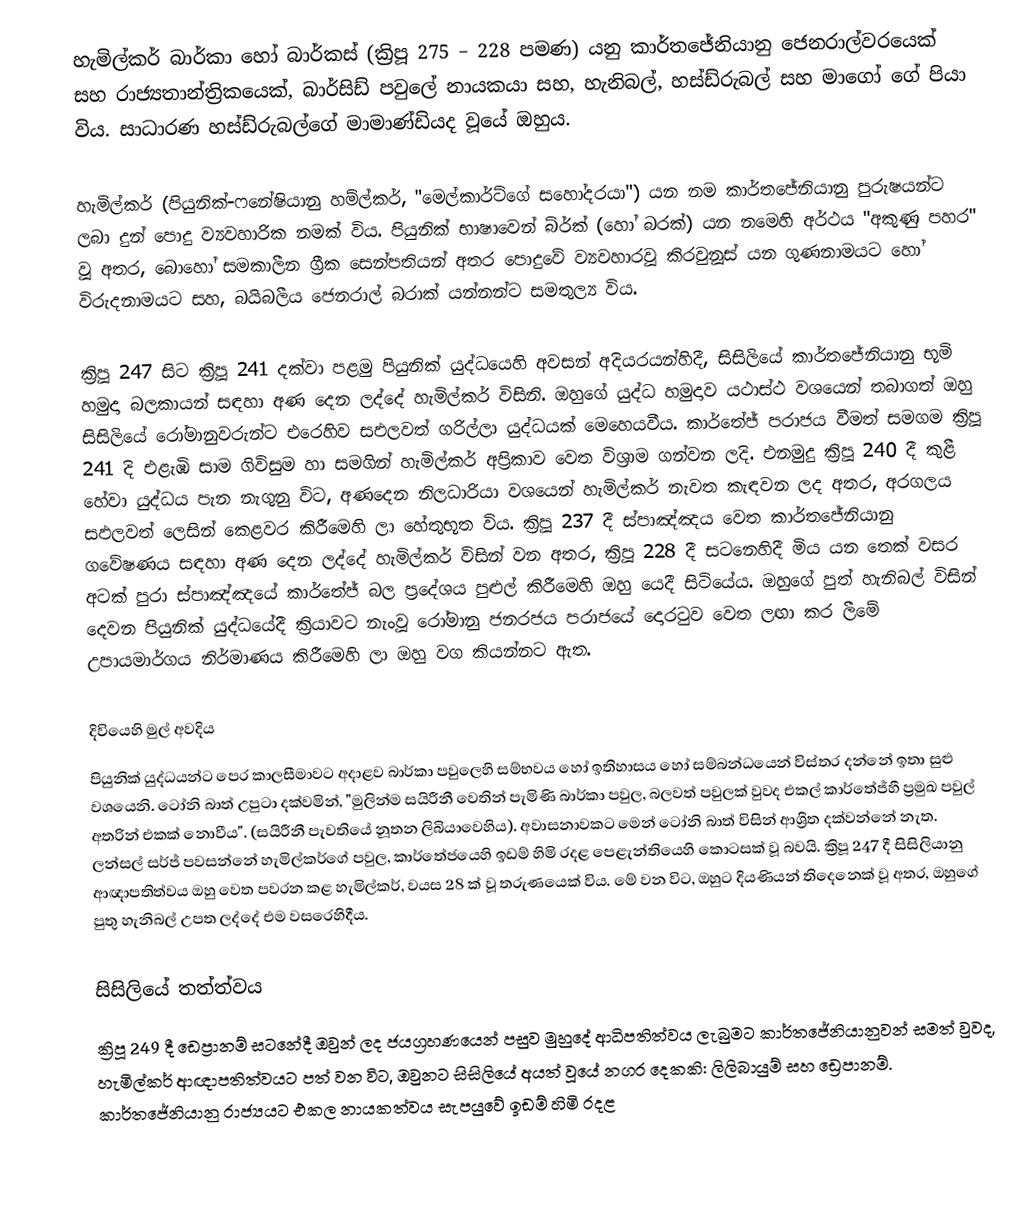
හැමිල්කර් බාර්කා හෝ බාර්කස් (ක්‍රිපූ 275 – 228 පමණ) යනු  කාර්තජේනියානු ජෙනරාල්වරයෙක් සහ රාජ්‍යතාන්ත්‍රිකයෙක්, බාර්සිඩ් පවුලේ නායකයා සහ, හැනිබල්,  හස්ඩ්රුබල්  සහ  මාගෝ ගේ පියා විය.  සාධාරණ හස්ඩ්රුබල්ගේ මාමාණ්ඩියද වූයේ ඔහුය.

හැමිල්කර් (පියුනික්-ෆනේෂියානු හම්ල්කර්, "මෙල්කාර්ට්ගේ සහෝදරයා") යන නම කාර්තජේනියානු පුරුෂයන්ට ලබා දුන් පොදු ව්‍යවහාරික නමක් විය. පියුනික් භාෂාවෙන්  බ්ර්ක් (හෝ බරක්) යන නමෙහි අර්ථය "අකුණු පහර" වූ අතර, බොහෝ සමකාලීන ග්‍රීක සෙන්පතියන් අතර පොදුවේ ව්‍යවහාරවූ කිරවුනූස් යන  ගුණනාමයට හෝ  විරුදනාමයට සහ, බයිබලීය ජෙනරාල් බරාක් යන්නන්ට සමතුල්‍ය විය.

ක්‍රිපූ  247  සිට ක්‍රිපූ 241 දක්වා පළමු පියුනික් යුද්ධයෙහි අවසන් අදියරයන්හිදී, සිසිලියේ කාර්තජේනියානු භූමි හමුදා බලකායන් සඳහා අණ දෙන ලද්දේ හැමිල්කර් විසිනි. ඔහුගේ යුද්ධ හමුදාව යථාස්ථ වශයෙන් තබාගත් ඔහු සිසිලියේ රෝමානුවරුන්ට එරෙහිව සඵලවත්  ගරිල්ලා යුද්ධයක් මෙහෙයවීය. කාර්තේජ් පරාජය වීමත් සමගම ක්‍රිපූ 241 දි එළැඹි සාම ගිවිසුම හා සමගින් හැමිල්කර් අප්‍රිකාව වෙත විශ්‍රාම ගන්වන ලදි. එනමුදු ක්‍රිපූ 240 දී කුළී හේවා යුද්ධය පැන නැගුනු විට, අණදෙන නිලධාරියා වශයෙන් හැමිල්කර් නැවත කැඳවන ලද අතර, අරගලය සඵලවත් ලෙසින් කෙළවර කිරීමෙහි ලා හේතුභූත විය. ක්‍රිපූ 237 දී ස්පාඤ්ඤය වෙත කාර්තජේනියානු ගවේෂණය සඳහා අණ දෙන ලද්දේ හැමිල්කර් විසින් වන අතර, ක්‍රිපූ 228 දී සටනෙහිදී මිය යන තෙක්  වසර අටක් පුරා ස්පාඤ්ඤයේ කාර්තේජ් බල ප්‍රදේශය පුළුල් කිරීමෙහි ඔහු  යෙදී සිටියේය. ඔහුගේ පුත් හැනිබල් විසින් දෙවන පියුනික් යුද්ධයේදී   ක්‍රියාවට නැංවූ  රෝමානු ජනරජය පරාජයේ දොරටුව වෙත ලඟා කර ලීමේ උපායමාර්ගය නිර්මාණය කිරීමෙහි ලා ඔහු වග කියන්නට ඇත.

දිවියෙහි මුල් අවදිය
පියුනික් යුද්ධයන්ට පෙර කාලසීමාවට අදාළව  බාර්කා පවුලෙහි සම්භවය හෝ ඉතිහාසය හෝ සම්බන්ධයෙන්  විස්තර දන්නේ ඉතා සුළු  වශයෙනි. ටෝනි බාත් උපුටා දක්වමින්, "මුලින්ම සයිරීනී වෙතින් පැමිණි බාර්කා පවුල, බලවත් පවුලක් වුවද එකල් කාර්තේජ්හී ප්‍රමුඛ පවුල් අතරින් එකක් නොවීය". (සයිරීනී පැවතියේ නූතන ලිබියාවෙහිය). අවාසනාවකට මෙන් ටෝනි බාත් විසින් ආශ්‍රිත දක්වන්නේ නැත. ලන්සල් සර්ජ් පවසන්නේ හැමිල්කර්ගේ පවුල, කාර්තේජයෙහි  ඉඩම් හිමි රදළ පෙළැන්තියෙහි කොටසක් වූ බවයි. ක්‍රිපූ 247 දී සිසිලියානු ආඥාපතිත්වය ඔහු වෙත පවරන කළ හැමිල්කර්, වයස 28 ක් වූ තරුණයෙක් විය. මේ වන විට, ඔහුට දියණියන් තිදෙනෙක් වූ අතර, ඔහුගේ පුතු හැනිබල් උපත ලද්දේ එම වසරෙහිදීය.

සිසිලියේ තත්ත්වය
ක්‍රිපූ 249 දී ඩෙප්‍රානම් සටනේදී ඔවුන් ලද ජයග්‍රහණයෙන් පසුව  මුහුදේ ආධිපතිත්වය ලැබුමට කාර්තජේනියානුවන් සමත් වුවද, හැමිල්කර් ආඥාපතිත්වයට පත් වන විට, ඔවුනට සිසිලියේ අයත් වූයේ නගර දෙකකි: ලිලිබායුම් සහ ඩ්‍රෙපානම්. කාර්තජේනියානු රාජ්‍යයට එකල නායකත්වය සැපයුවේ ඉඩම් හිමි රදළ